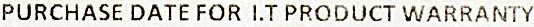
PURCHASE DATE FOR I.T PRODUCT WARRANTY